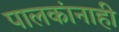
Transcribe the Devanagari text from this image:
पालकांनाही